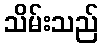
သိမ်းသည်